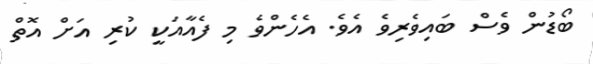
ބޯޑުން ވެސް ބައިވެރިވެ އެވެ. އެހެންވެ މި ފެއާއަކީ ކުރި އަށް އޮތް